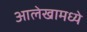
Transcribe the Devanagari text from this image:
आलेखामध्ये